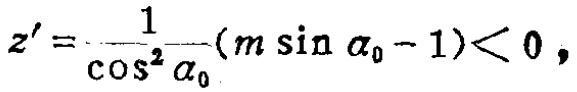
\(z' = \frac{1}{\cos^{2} \alpha_{0}}(m \sin \alpha_{0} - 1) < 0\)